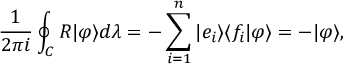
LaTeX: { \frac { 1 } { 2 \pi i } } \oint _ { C } R | \varphi \rangle d \lambda = - \sum _ { i = 1 } ^ { n } | e _ { i } \rangle \langle f _ { i } | \varphi \rangle = - | \varphi \rangle ,